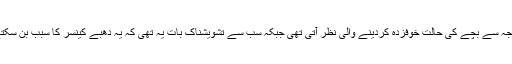
ان کی وجہ سے بچے کی حالت خوفزدہ کردینے والی نظر آتی تھی جبکہ سب سے تشویشناک بات یہ تھی کہ یہ دھبے کینسر کا سبب بن سکتے تھے۔